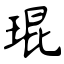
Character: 琨